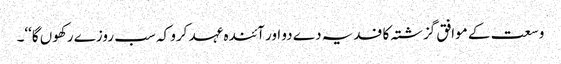
وسعت کے موافق گزشتہ کا فدیہ دے دو اور آئندہ عہد کرو کہ سب روزے رکھوں گا‘‘۔